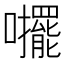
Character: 𱕪